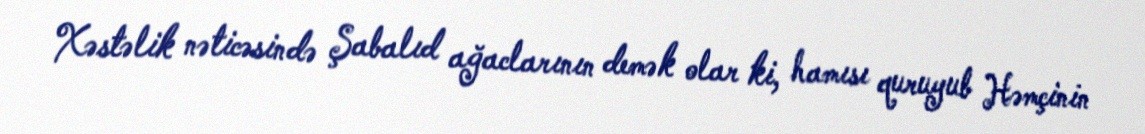
Xəstəlik nəticəsində Şabalıd ağaclarının demək olar ki, hamısı quruyub Həmçinin